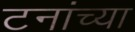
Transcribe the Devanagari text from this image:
टनांच्या